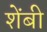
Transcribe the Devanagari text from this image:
शेंबी